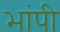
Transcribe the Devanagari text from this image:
भांपी